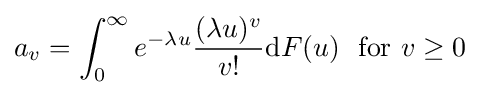
a_{v}=\int _{0}^{\infty }e^{-\lambda u}{\frac {(\lambda u)^{v}}{v!}}{\text{d}}F(u)~{\text{ for }}v\geq 0